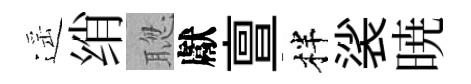
遥绡聦獻亶柈裟暁